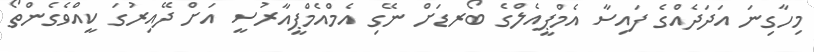
މިހާގިނަ އަދަދެއްގެ ފައިސާ އެމްޕީއެލްގެ ބޯރޑަށް ނޭގި އެމްއެމްޕީއާރުސީ އަށް ދޭއިރުގަ ކީއްވެގެންތޯ